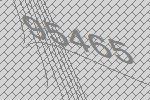
95465